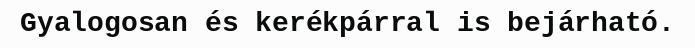
Gyalogosan és kerékpárral is bejárható.